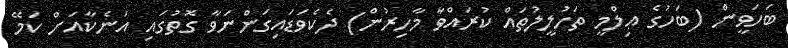
ބަހަވީން (ބަހުގެ ޢިލްމީ ތަހުލީލުތައް ކުރައްވާ މާހިރުން) ދެކެވަޑައިގަންނަވާ ގޮތުގައި އަނެކާއަށް ކަމޭ